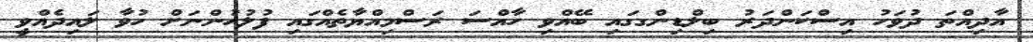
އާދިއްތަ ދުވަހު އިސްކަންދަރު ބިލްޑިންގގައި ބޭއްވި ހާއްސަ ރަސްމިއްޔާތެއްގައި ފުލުހުންނަށް ހުވާ ލައިދެއްވީ